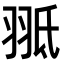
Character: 𦐠